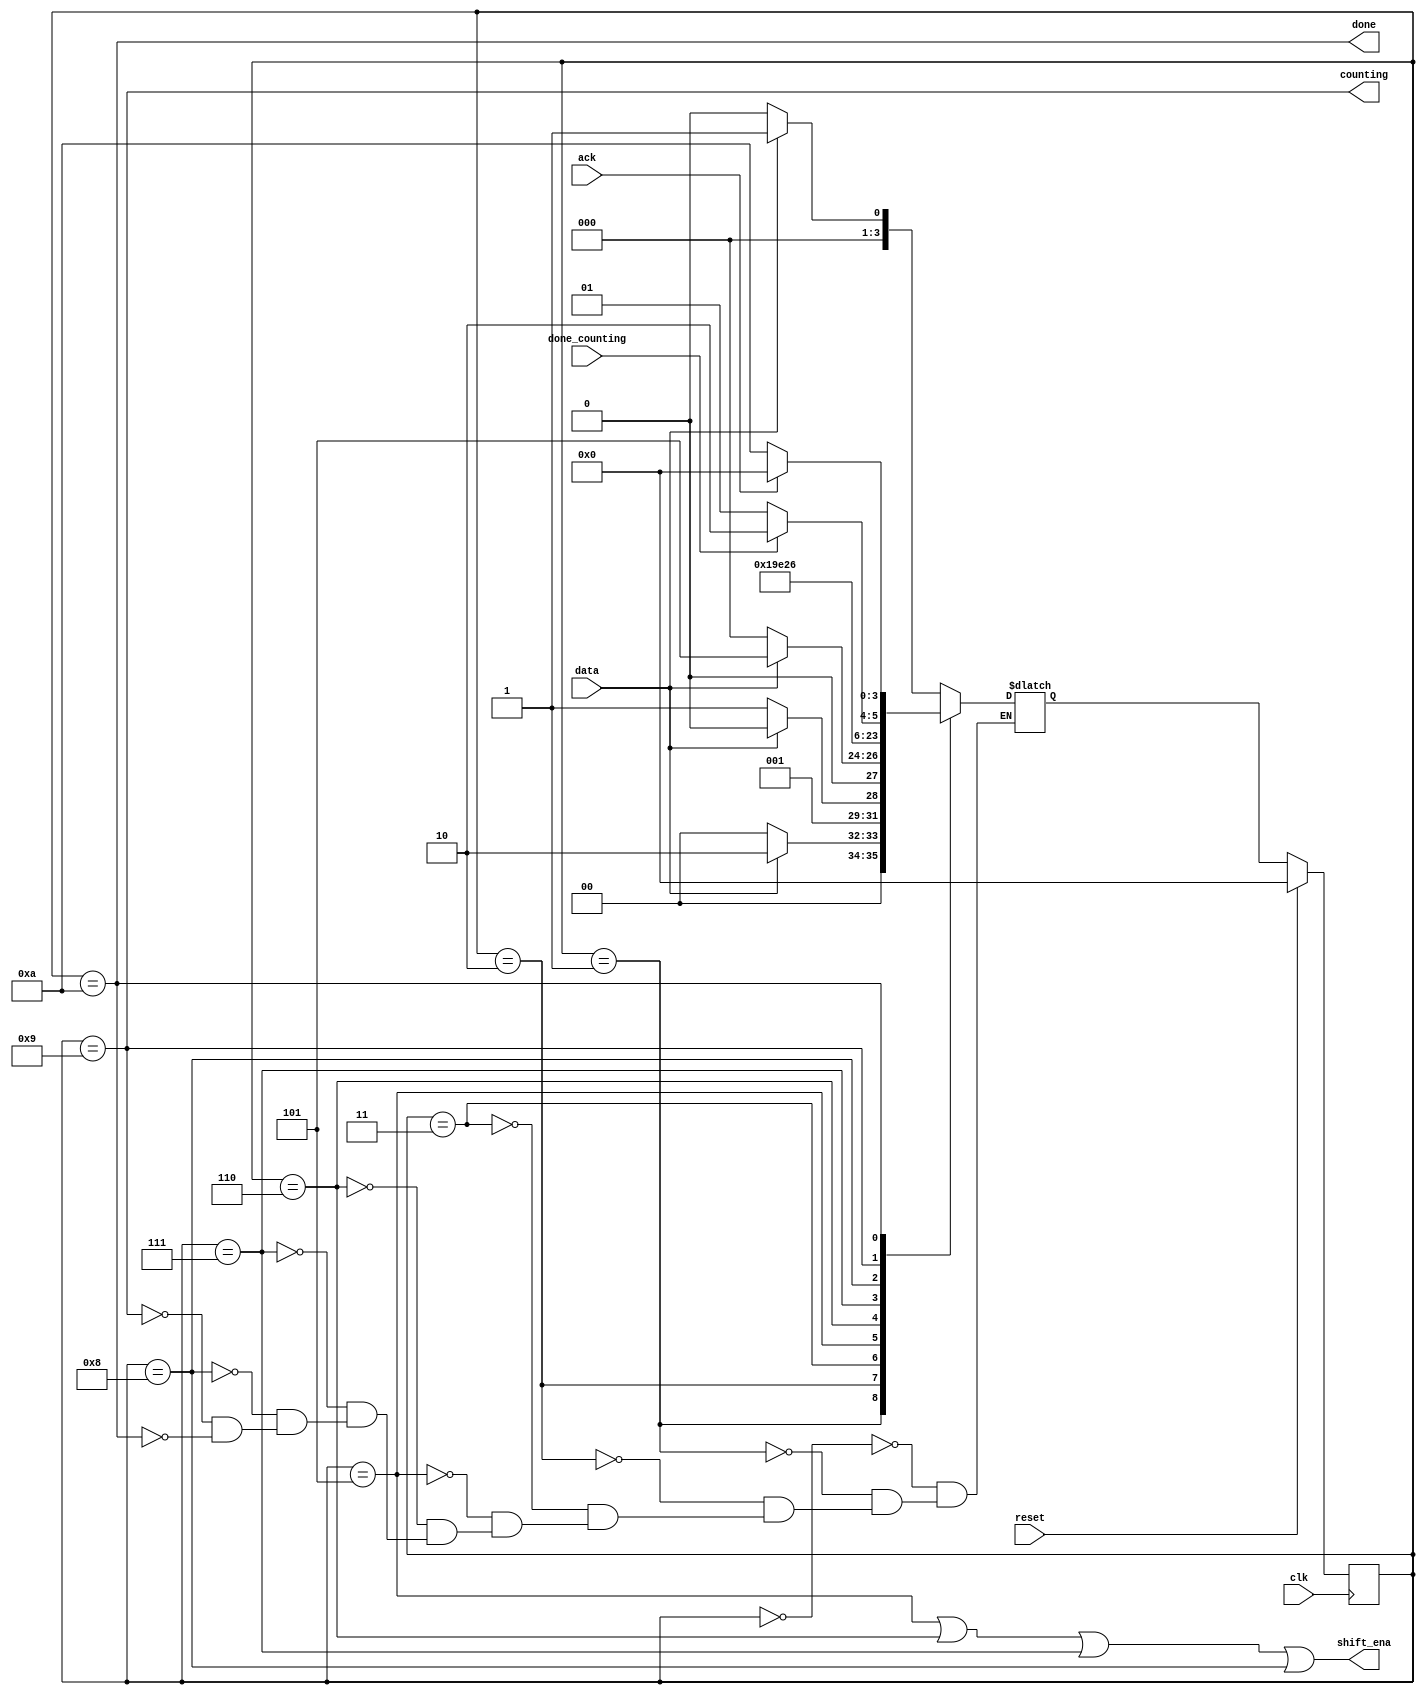
module top_module (
    input clk,
    input reset,      // Synchronous reset
    input data,
    output shift_ena,
    output counting,
    input done_counting,
    output done,
    input ack );
	parameter A=0,B=1,C=2,D=3,E=5,F=6,G=7,H=8,I=9,J=10;
    reg [3:0]state,next_state;
    always @(*) begin
        case(state)
            A:next_state<=data?B:A;
            B:next_state<=data?C:A;
            C:next_state<=data?C:D;
            D:next_state<=data?E:A;
            E:next_state<=F;
            F:next_state<=G;
            G:next_state<=H;
            H:next_state<=I;
            I:next_state<=done_counting?J:I;
            J:next_state<=ack?A:J;
        endcase
    end
    always @(posedge clk) begin
        if(reset) state<=A;
        else state<=next_state;
    end
    assign shift_ena=(state==E)|(state==F)|(state==G)|(state==H);
    assign counting=(state==I);
    assign done=(state==J);
endmodule